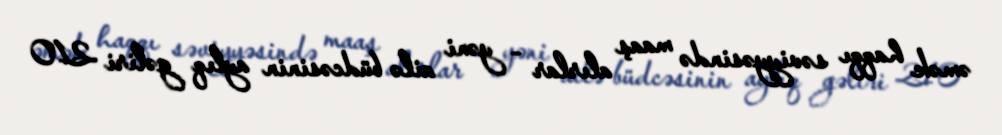
əmək haqqı səviyyəsində maaş alırlar - yəni ailə büdcəsinin aylıq gəliri 210